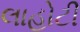
લાહોટી